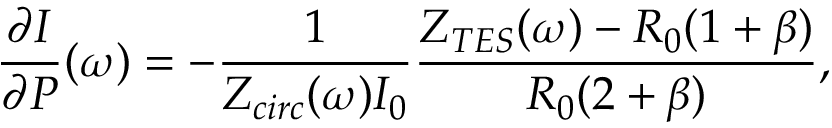
\frac { \partial I } { \partial P } ( \omega ) = - \frac { 1 } { Z _ { c i r c } ( \omega ) I _ { 0 } } \frac { Z _ { T E S } ( \omega ) - R _ { 0 } ( 1 + \beta ) } { R _ { 0 } ( 2 + \beta ) } ,